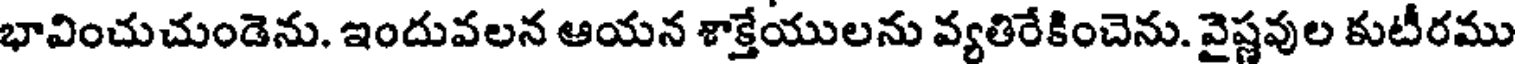
భావించుచుండెను. ఇందువలన ఆయన శాక్తేయులను వ్యతిరేకించెను. వైష్ణవుల కుటీరము